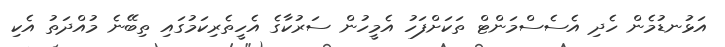
އަޅުަނޑުމެން ހެދި އެސެސްމަންޓް ތަކަށްފަހު އެމީހުން ސަރުކާގެ އެހީތެރިކަމުގައި ތިބޭނެ މުއްދަތު އެކި